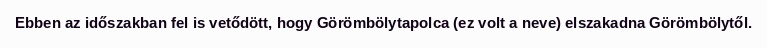
Ebben az időszakban fel is vetődött, hogy Görömbölytapolca (ez volt a neve) elszakadna Görömbölytől.